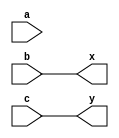
module concatenation(a,b,c,x,y);   // Module declaration with inputs a, b, c and outputs x, y
  input [31:0]a,b,c;               // Input declarations a, b, c are 32-bit wide
  output [31:0]x,y;                // Output declarations x, y are 32-bit wide
  
  assign x = {a,b};                // Concatenates inputs a and b to form output x
  assign y = {a,b,c};              // Concatenates inputs a, b, and c to form output y
  
endmodule